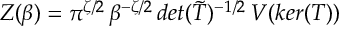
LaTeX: Z ( \beta ) = \pi ^ { \zeta / 2 } \, \beta ^ { - \zeta / 2 } \, d e t ( \widetilde { T } ) ^ { - 1 / 2 } \, V ( k e r ( T ) )